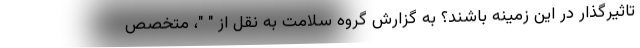
تاثیرگذار در این زمینه باشند؟ به گزارش گروه سلامت به نقل از " "، متخصص